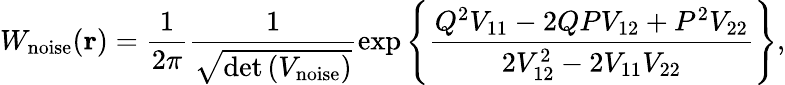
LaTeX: W_{\mathrm{noise}}(\mathbf{r})=\frac{1}{2\pi}\frac{1}{\sqrt{\operatorname*{det}\left(V_{\mathrm{noise}}\right)}}\mathrm{exp}\left\{ \frac{Q^{2}V_{\mathrm{11}}-2QPV_{\mathrm{12}}+P^{2}V_{\mathrm{22}}}{2V_{\mathrm{12}}^{2}-2V_{\mathrm{11}}V_{\mathrm{22}}}\right\} ,